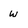
Character: w